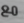
مع